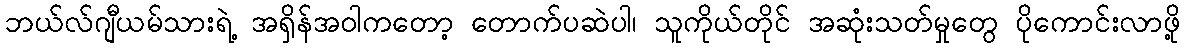
ဘယ်လ်ဂျီယမ်သားရဲ့ အရှိန်အဝါကတော့ တောက်ပဆဲပါ၊ သူကိုယ်တိုင် အဆုံးသတ်မှုတွေ ပိုကောင်းလာဖို့